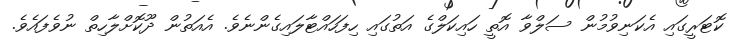
ކޮޓަރީގައި އެކަނިވުމުން ސަލްވާ އޮތީ ހައިކަލްގެ އަތުގައި ހިފަހައްޓާލައިގެންނެވެ. އެއަތުން ދޫކޮށްލާހިތް ނުވެފައެވެ.